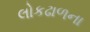
લોકઢાળના